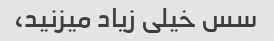
سس خیلی زیاد میزنید،